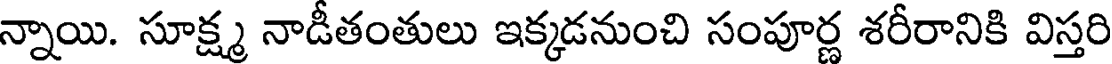
న్నాయి. సూక్ష్మ నాడీతంతులు ఇక్కడనుంచి సంపూర్ణ శరీరానికి విస్తరి